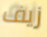
زيف